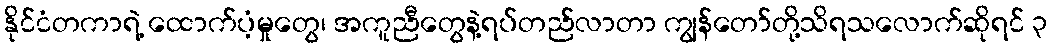
နိုင်ငံတကာရဲ့ ထောက်ပံ့မှုတွေ၊ အကူညီတွေနဲ့ရပ်တည်လာတာ ကျွန်တော်တို့သိရသလောက်ဆိုရင် ၃